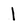
Character: 1